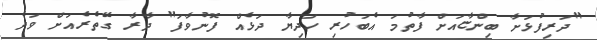
"ދަރިފުޅަށާ ބިންޏާއަށް ފާތުމަ އެބަހުރި ހަދިޔާ ދަޅެއް ފޮނުވާފަ" ދާރާ ގޭތެރެއަށް ވަދެ